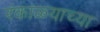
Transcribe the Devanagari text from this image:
रंकाळ्याच्या